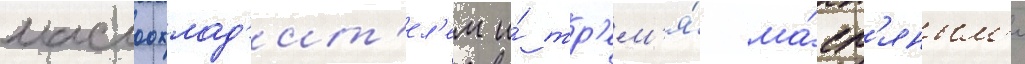
маслоохлад'ит'ел'ем и́ тр'ем'я́ ма́сл'яным'и